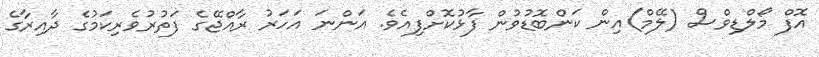
އޮފް މޯލްޑިވްސް (ލޭމް)އިން ކަންބޮޑުވުން ފާޅުކޮށްފިއެވެ. އަންނަ އަހަރު ރާއްޖޭގެ ފަތުރުވެރިކަމުގެ ދާއިރާގެ